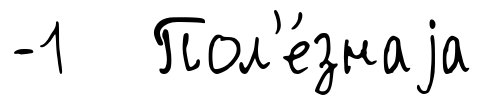
-1 Пол'е́знаjа